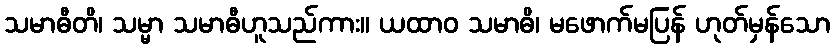
သမာဓီတိ၊ သမ္မာ သမာဓီဟူသည်ကား။ ယထာဝ သမာဓိ၊ မဖောက်မပြန် ဟုတ်မှန်သော